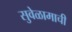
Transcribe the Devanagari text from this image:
सुवेळामाची